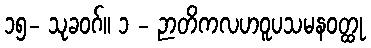
၁၅- သုခဝဂ်။ ၁ - ဉာတိကလဟဝူပသမနဝတ္ထု